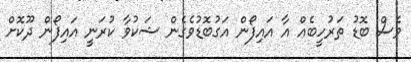
ވެސް ބޮޑު ތަރުހީބެއް އާ އައިފޯން އަގުބޮޑުވެގެން ޝަކުވާ ކުރަނީ އައިފޯން ދޫކޮށް